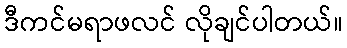
ဒီကင်မရာဖလင် လိုချင်ပါတယ်။